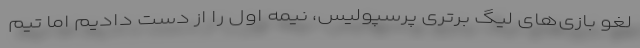
لغو بازی‌های لیگ برتری پرسپولیس، نیمه اول را از دست دادیم اما تیم